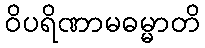
ဝိပရိဏာမဓမ္မာတိ